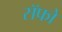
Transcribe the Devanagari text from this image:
सॅफो